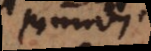
mundi